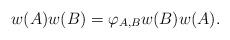
LaTeX: \begin{align*} w(A)w(B)=\varphi_{A,B} w(B)w(A). \end{align*}